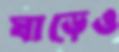
ঘাড়েও